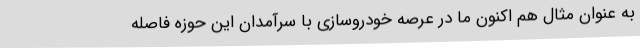
به عنوان مثال هم اکنون ما در عرصه خودروسازی با سرآمدان این حوزه فاصله